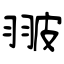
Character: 翍